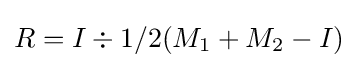
R=I\div {1/2}({M_{1}}+{M_{2}}-I)